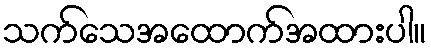
သက်သေအထောက်အထားပါ။